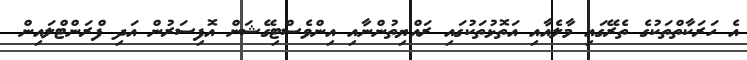
އެ ހަރަކާތްތަކުގެ ތެރޭގައި މާލެއާއި އަތޮޅުތަކުގައި ރައްޔިތުންނާއި އިންވެސްޓިގޭޝަން އޮފިސަރުން އަދި ފްރަންޓްލައިން